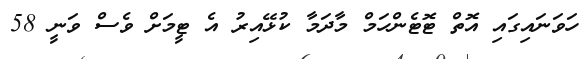
ހަވަނައިގައި އޮތް ޓޮޓެންހަމް މާދަމާ ކުޅޭއިރު އެ ޓީމަށް ވެސް ވަނީ 58